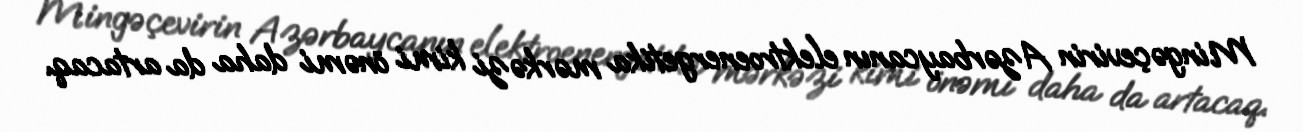
Mingəçevirin Azərbaycanın elektroenergetika mərkəzi kimi önəmi daha da artacaq.